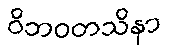
ဝိဘဝတသိနာ